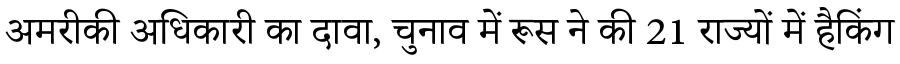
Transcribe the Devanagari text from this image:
अमरीकी अधिकारी का दावा, चुनाव में रूस ने की 21 राज्यों में हैकिंग